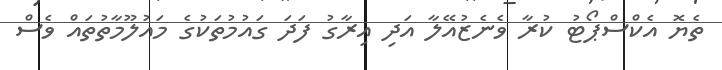
ތެޔޮ އެކްސްޕޯޓު ކުރާ ވެނެޒުއޭލާ އަދި އިރާގު ފަދަ ގައުމުތަކުގެ މައުލޫމާތުތައް ވެސް